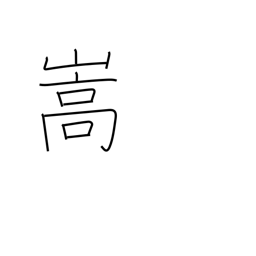
Meaning: be aggravated